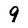
Character: 9